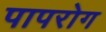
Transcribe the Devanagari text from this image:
पापरोग